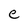
Character: e